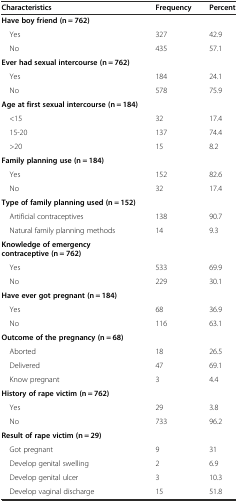
| Characteristics | Frequency | Percent |
 | --- | --- | --- |
 | Have boy friend (n = 762) |  |  |
 | Yes | 327 | 42.9 |
 | No | 435 | 57.1 |
 | Ever had sexual intercourse (n = 762) |  |  |
 | Yes | 184 | 24.1 |
 | No | 578 | 75.9 |
 | Age at first sexual intercourse (n = 184) |  |  |
 | <15 | 32 | 17.4 |
 | 15-20 | 137 | 74.4 |
 | >20 | 15 | 8.2 |
 | Family planning use (n = 184) |  |  |
 | Yes | 152 | 82.6 |
 | No | 32 | 17.4 |
 | Type of family planning used (n = 152) |  |  |
 | Artificial contraceptives | 138 | 90.7 |
 | Natural family planning methods | 14 | 9.3 |
 | Knowledge of emergency contraceptive (n = 762) |  |  |
 | Yes | 533 | 69.9 |
 | No | 229 | 30.1 |
 | Have ever got pregnant (n = 184) |  |  |
 | Yes | 68 | 36.9 |
 | No | 116 | 63.1 |
 | Outcome of the pregnancy (n = 68) |  |  |
 | Aborted | 18 | 26.5 |
 | Delivered | 47 | 69.1 |
 | Know pregnant | 3 | 4.4 |
 | History of rape victim (n = 762) |  |  |
 | Yes | 29 | 3.8 |
 | No | 733 | 96.2 |
 | Result of rape victim (n = 29) |  |  |
 | Got pregnant | 9 | 31 |
 | Develop genital swelling | 2 | 6.9 |
 | Develop genital ulcer | 3 | 10.3 |
 | Develop vaginal discharge | 15 | 51.8 |